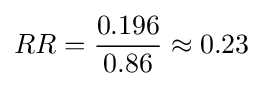
RR={0.196 \over 0.86}\approx 0.23